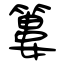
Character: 簍